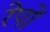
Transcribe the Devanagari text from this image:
रेपों